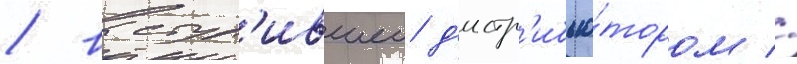
/ выступ'ившеи д'истр'ибью́тором //